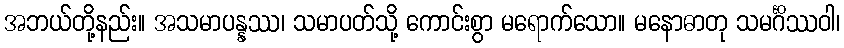
အဘယ်တို့နည်း။ အသမာပန္နဿ၊ သမာပတ်သို့ ကောင်းစွာ မရောက်သော။ မနောဓာတု သမင်္ဂိဿဝါ၊